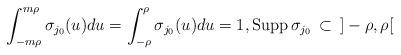
LaTeX: \begin{align*}\int_{-m\rho}^{m\rho}\sigma_{j_0}(u)du=\int_{-\rho}^{\rho}\sigma_{j_0}(u)du=1,\mathrm{Supp}\,\sigma_{j_0}\,\subset\,\,\, ]-\rho, \rho[\end{align*}